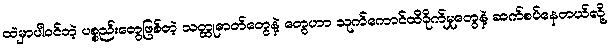
ထဲမှာပါဝင်တဲ့ ပစ္စည်းတွေဖြစ်တဲ့ သတ္ထုဓာတ်တွေနဲ့ တွေဟာ သုက်ကောင်ထိခိုက်မှုတွေနဲ့ ဆက်စပ်နေတယ်လို့